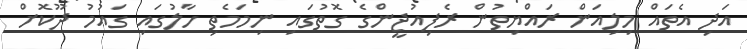
އަދި އެތައް މިލިއަން ރައްޔިތުން ރެފިއުޖީންގެ ގޮތުގައި ނިމަމެތި ހާލުގައި ގައުމު ދޫކޮށް